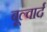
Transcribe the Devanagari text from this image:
बूल्वार्द